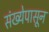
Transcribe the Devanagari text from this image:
संख्येपासून